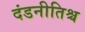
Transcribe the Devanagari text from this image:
दंडनीतिश्च